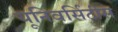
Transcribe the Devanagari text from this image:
यूनिवर्सिटीस